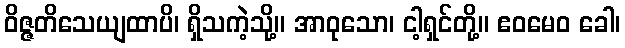
ဝိဇ္ဇတိသေယျထာပိ၊ ရှိသကဲ့သို့။ အာဝုသော၊ ငါ့ရှင်တို့။ ဧဝမေဝ ခေါ၊